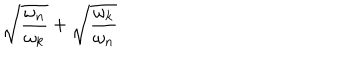
\sqrt { \frac { \omega _ { n } } { \omega _ { k } } } + \sqrt { \frac { \omega _ { k } } { \omega _ { n } } }